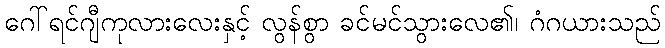
ဂေါ်ရင်ဂျီကုလားလေးနှင့် လွန်စွာ ခင်မင်သွားလေ၏၊ ဂံဂယားသည်